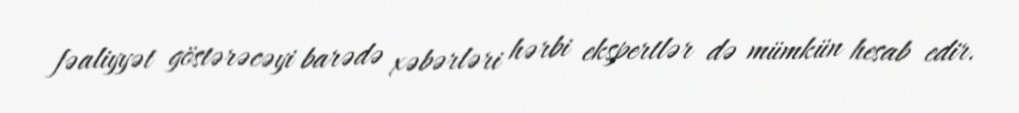
fəaliyyət göstərəcəyi barədə xəbərləri hərbi ekspertlər də mümkün hesab edir.